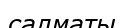
салматы